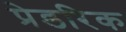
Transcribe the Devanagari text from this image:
प्रेडरिक